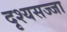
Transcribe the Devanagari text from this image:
दृश्यसज्जा